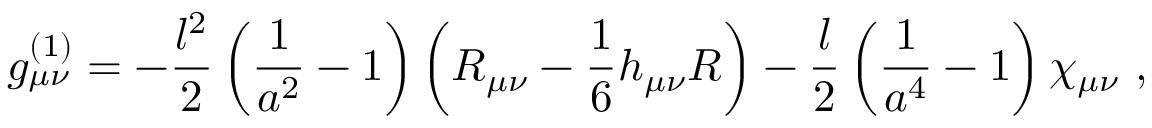
g _ { \mu \nu } ^ { ( 1 ) } = - { \frac { l ^ { 2 } } { 2 } } \left( { \frac { 1 } { a ^ { 2 } } } - 1 \right) \left( R _ { \mu \nu } - { \frac { 1 } { 6 } } h _ { \mu \nu } R \right) - { \frac { l } { 2 } } \left( { \frac { 1 } { a ^ { 4 } } } - 1 \right) \chi _ { \mu \nu } \ ,